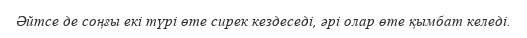
Әйтсе де соңғы екі түрі өте сирек кездеседі, әрі олар өте қымбат келеді.